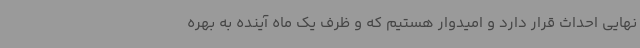
نهایی احداث قرار دارد و امیدوار هستیم که و ظرف یک ماه آینده به بهره